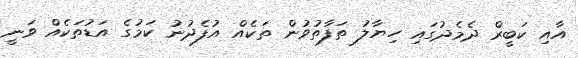
އާއި ކަބީރް ދެމެދުގައި ހިޔާލު ތަފާތުވުން ތަކެއް އުފެދުނު ކަމުގެ އަޑުތަކެއް ވަނީ